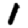
Digit: 1